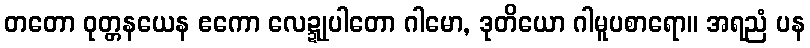
တတော ဝုတ္တနယေန ဧကော လေဍ္ဍုပါတော ဂါမော, ဒုတိယော ဂါမူပစာရော။ အရညံ ပန